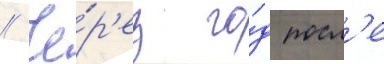
// Че́р'ез го́д посл'е